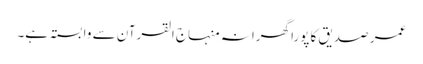
عمر صدیق کا پورا گھرانہ منہاج القرآن سے وابستہ ہے۔